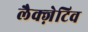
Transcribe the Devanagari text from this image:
लैक्ज़ेटिव